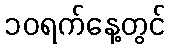
၁၀ရက်နေ့တွင်